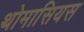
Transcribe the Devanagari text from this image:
थोमासियस